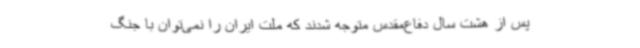
پس از هشت سال دفاع‌مقدس متوجه شدند که ملت ایران را نمی‌توان با جنگ